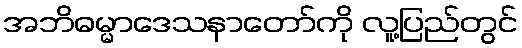
အဘိဓမ္မာဒေသနာတော်ကို လူ့ပြည်တွင်